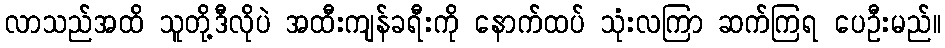
လာသည်အထိ သူတို့ဒီလိုပဲ အထီးကျန်ခရီးကို နောက်ထပ် သုံးလကြာ ဆက်ကြရ ပေဦးမည်။